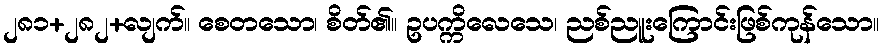
၂၈၁+၂၈၂+လျက်။ စေတသော၊ စိတ်၏။ ဥပက္ကိလေသေ၊ ညစ်ညူးကြောင်းဖြစ်ကုန်သော။